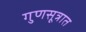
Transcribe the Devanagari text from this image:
गुणसूत्रात